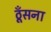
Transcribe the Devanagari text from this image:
ठूँसना